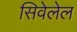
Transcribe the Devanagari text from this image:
सिवेलेल